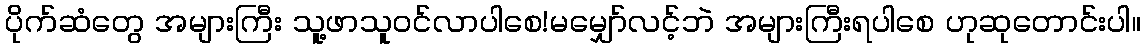
ပိုက်ဆံတွေ အများကြီး သူ့ဖာသူဝင်လာပါစေ!မမျှော်လင့်ဘဲ အများကြီးရပါစေ ဟုဆုတောင်းပါ။